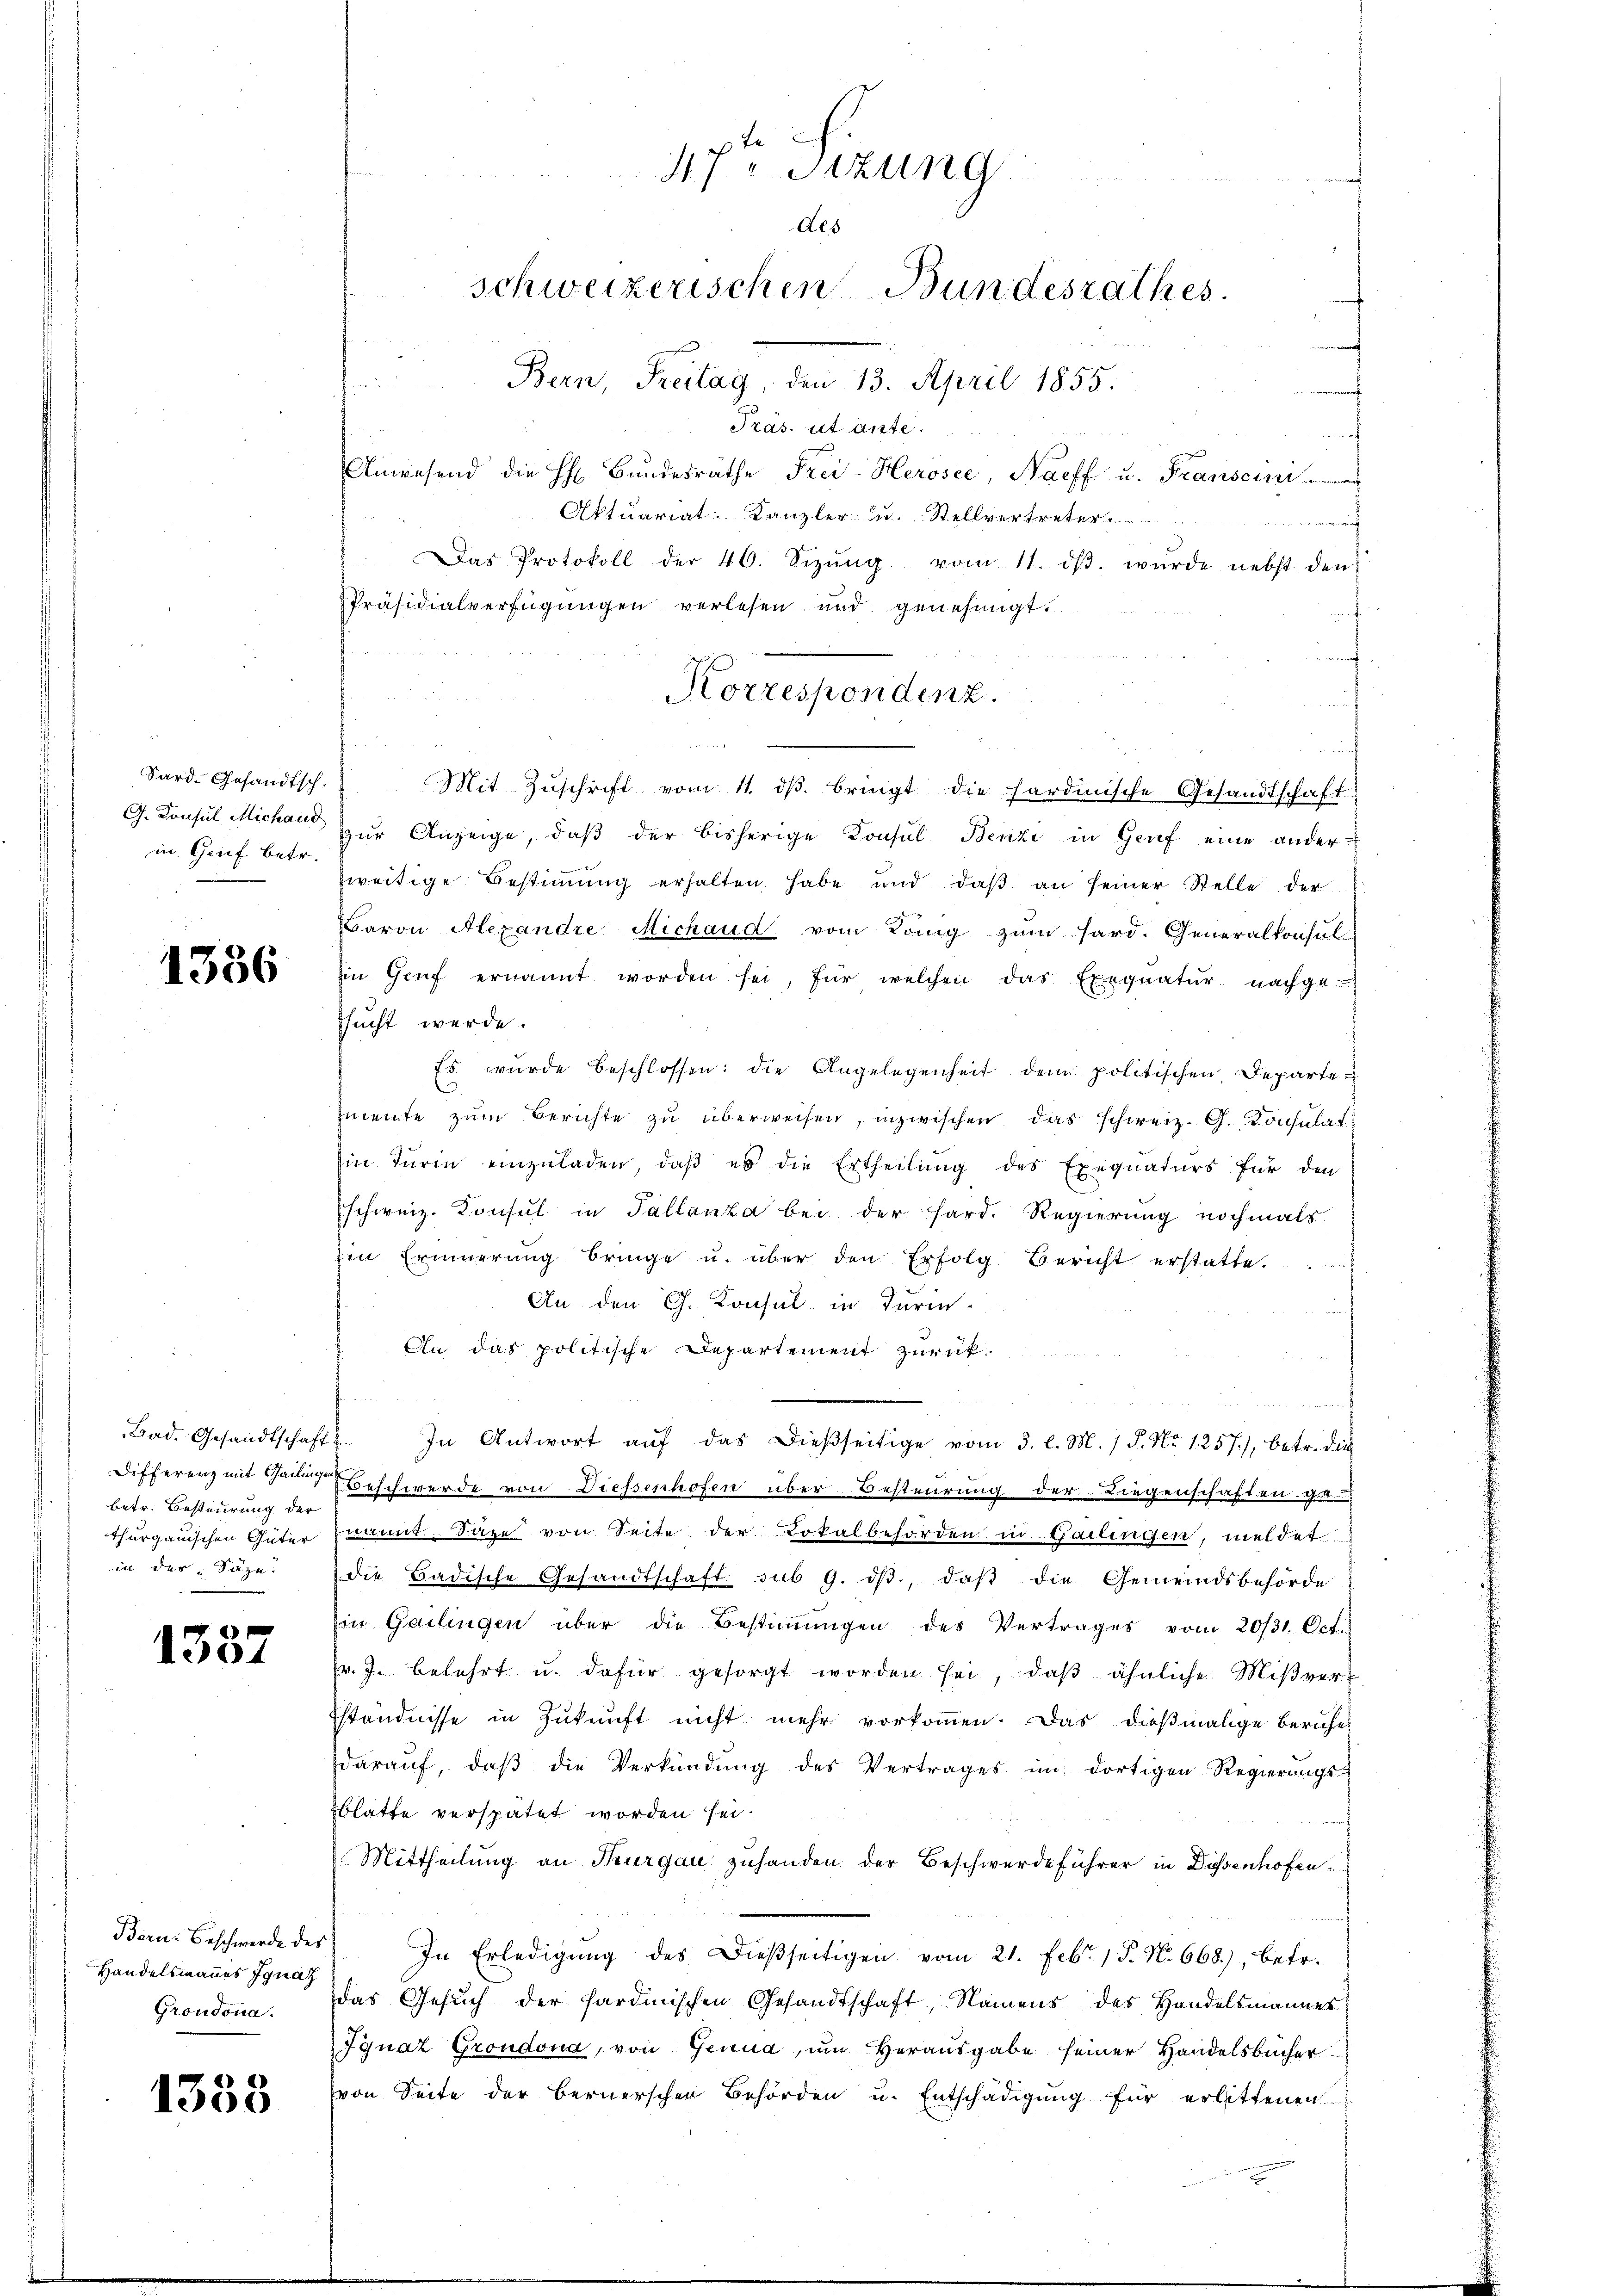
Sard. Gesandtsch.
G. Consul Michand
in Grief betr.

1336

Bad. Gesandtschaft
betr. Besteurung der
thurgauischen Güter
in der Säge.

1337

Bern. Beschwerde des
Handelsmannes Ignaz
Grondona.

1333

47ten Sitzung
Aes
schweizerischen Bundesrathes.
Bern, Freitag, den 13. April 1855.

Präs. ut ante.
t
Anwesend die H. Bundesräthe Frei-Herosee, Naeff u. Franscinis
Aktuariat: Kanzler u. Stellvertreter
n
Das Protokoll der 46. Sizŭng vom 11. dβ. wurde nebst den
Präsidialverfügungen verlesen und genehmigt.
f
f
Korrespondenz.

s
Mit Zŭschrift vom 11. dβ. bringt die hardinische Gesandtschaft
zur Anzeige, daß der bisherige Konsul Benzi in Genf eine anderzweitige Bestimmung erhalten habe und daβ an seiner Stelle der
Baron Alexandre Michaud vom König zum Hard. Generalkonsul-
in Gruf ernannt worden sei, für welchen das Exequatur nachge-
tsucht werde.
Es wurde beschlossen: die Angelegenheit dem politischen Departe
e
mente zŭm Berichte zu überweisen, inzwischen das schweiz. G. Konsulat
Ein Turin einzuladen, daß es die Ertheilung des Exequaturs für den
schweiz. Konsul in Tallanta bei der Hard. Regierung nochmals
iin Erinnerung bringe u. über den Erfolg Bericht erstatte.
An den Ch. Konsul in Turin
An das politische Departement zurück¬
2. In Antwort aŭf das dießseitige vom 3. l. M. 1 P. Nr. 1257), betr. die
Differenz mit Gang Beschwerde von Diessenhofen über Besteurung der Liegenschaften ga
nannt. Säge von Seite der Lokalbehörden in Gailingen, meldet
die Badische Gesandtschaft sub 9. dβ, daß die Gemeindsbehörde
in Gailingen über die Bestiṁŭngen des Vertrages vom 20/31. Oct.
v. J. belehrt u. dafür gesorgt worden sei, daβ ähnliche Miβvert
Eständnisse in Zukunft nicht mehr vorkommen. Das dießmalige Beriche
daraŭf, daβ die Verkündung des Vertrages im dortigen Regierungsblatte verspätet worden sei.
Mittheilung an Thurgau zuhanden der Beschwerdeführer in Dissenhofen
In Erledigung des Dießseitigen vom 21. Febr. 1 P. N. 668), betr.
das Gesuch der Sardinischen Gesandtschaft, Namens des Handelsmannes
Jgnaz Grondona, von Genua, um Herausgabe seiner Handelsbücher
von Seite der Bernerschen Behörden u. Entschädigung für erlittenen